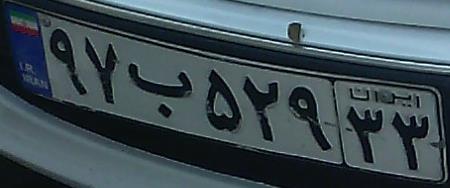
۹۷ب۵۲۹۳۳